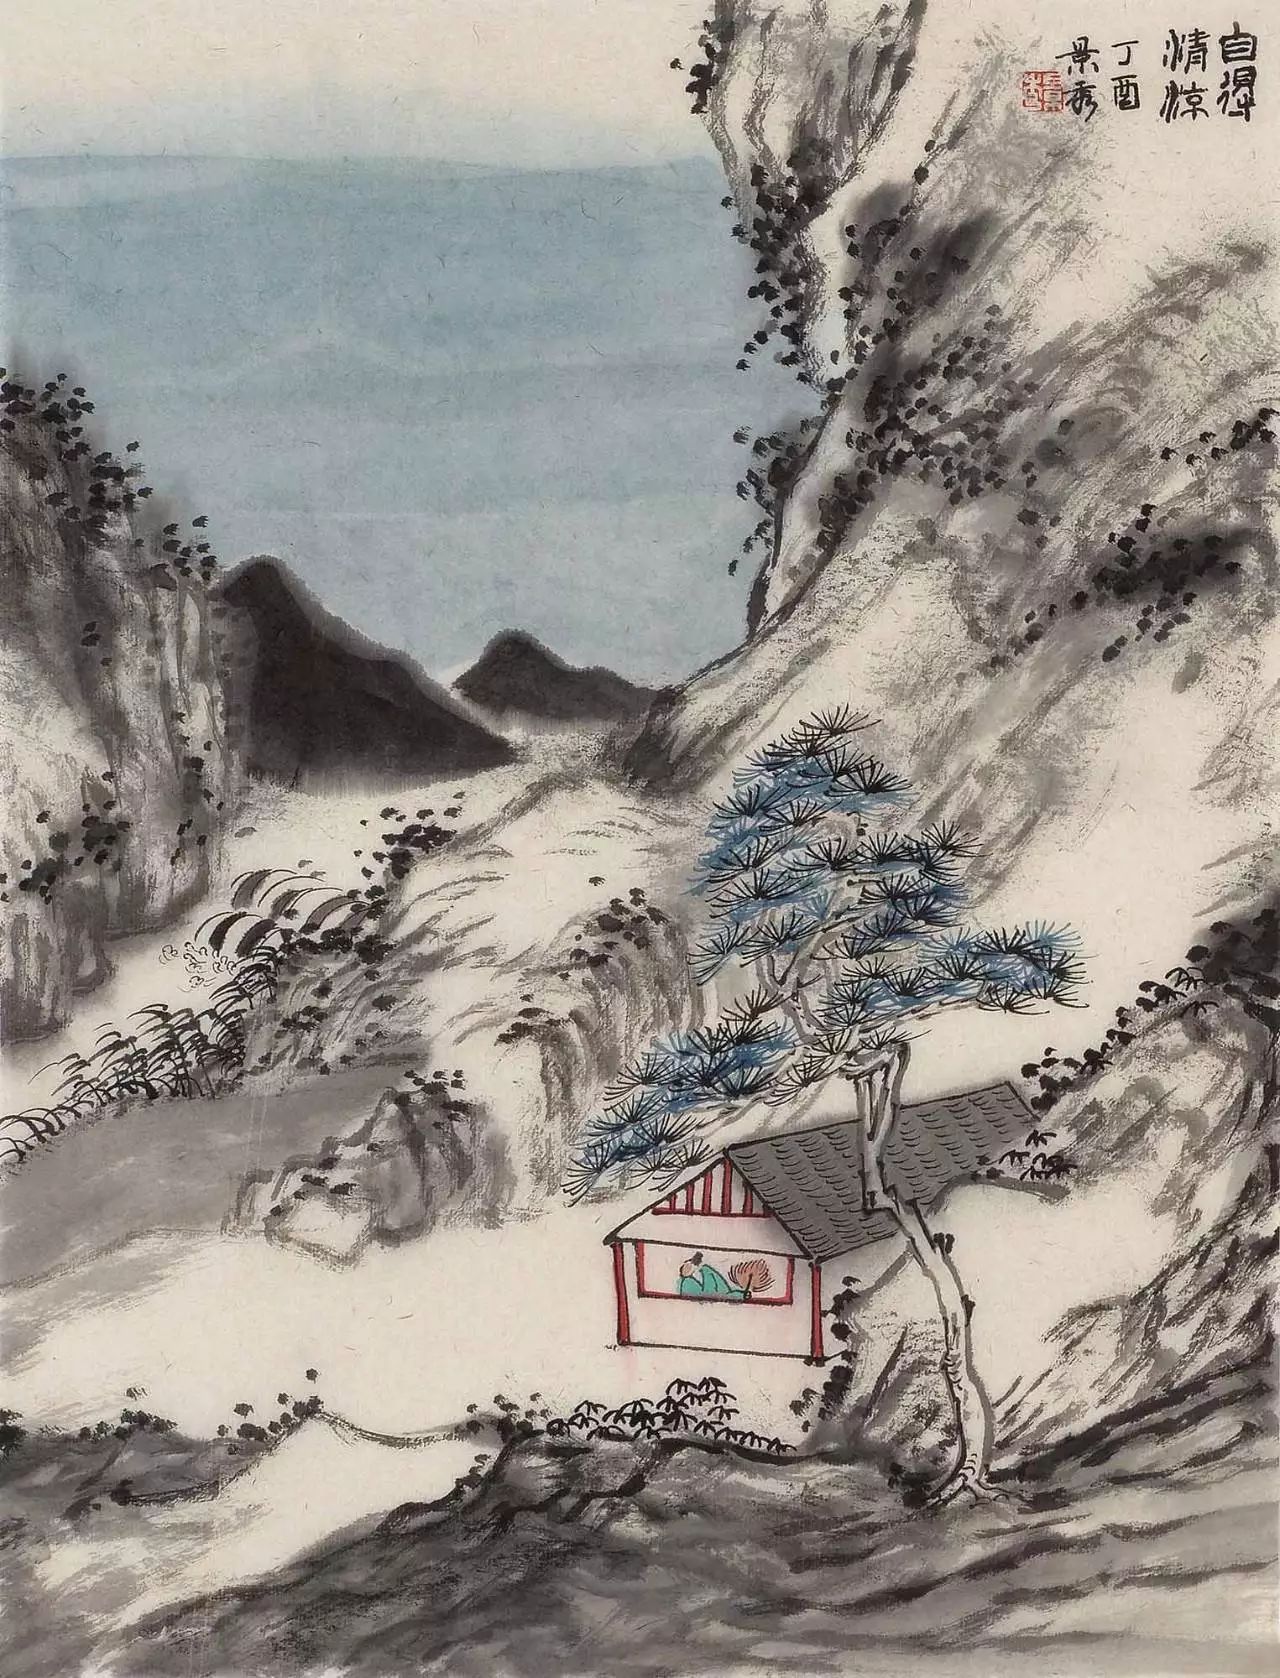
日暖桑麻光似泼，风来蒿艾气如薰。